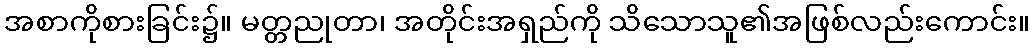
အစာကိုစားခြင်း၌။ မတ္တညုတာ၊ အတိုင်းအရှည်ကို သိသောသူ၏အဖြစ်လည်းကောင်း။